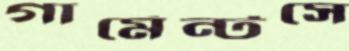
গার্মেন্টসে